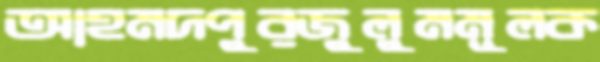
আহমদপুরজুলুমমূলক